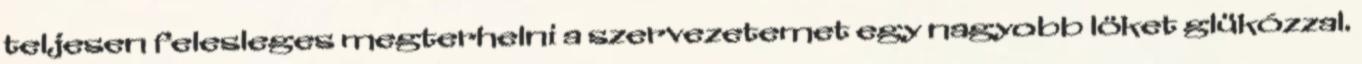
teljesen felesleges megterhelni a szervezetemet egy nagyobb löket glükózzal.